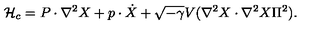
{ \cal H } _ { c } = P \cdot \nabla ^ { 2 } X + p \cdot \dot { X } + \sqrt { - \gamma } V ( \nabla ^ { 2 } X \cdot \nabla ^ { 2 } X \Pi ^ { 2 } ) .